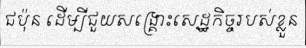
ជប៉ុន ដើម្បីជួយសង្គ្រោះសេដ្ឋកិច្ចរបស់ខ្លួន